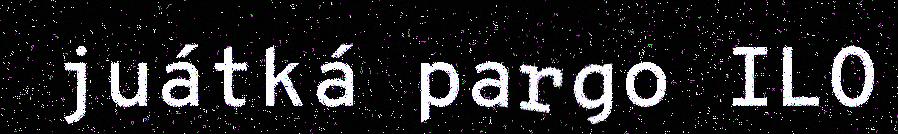
juátká pargo ILO